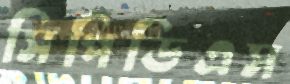
সিপিডিএস